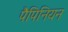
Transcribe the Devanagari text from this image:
पैपिनियन